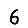
Digit: 6